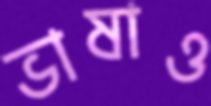
ভাষাও